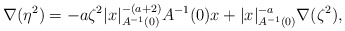
\begin{align*}\nabla (\eta^2) = - a \zeta^2 |x|_{A^{-1}(0)}^{-(a+2)} A^{-1}(0) x + |x|_{A^{-1}(0)}^{-a} \nabla (\zeta^2),\end{align*}